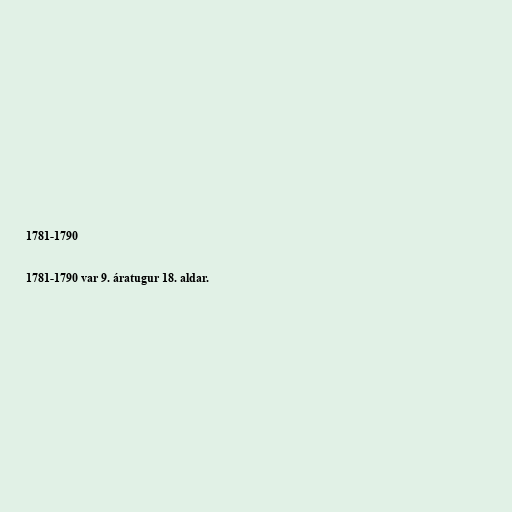
1781-1790

1781-1790 var 9. áratugur 18. aldar.